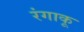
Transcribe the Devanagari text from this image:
रंगाकू